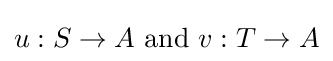
u:S\to A\ {\text{and}}\ v:T\to A